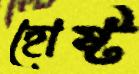
হোষ্ট